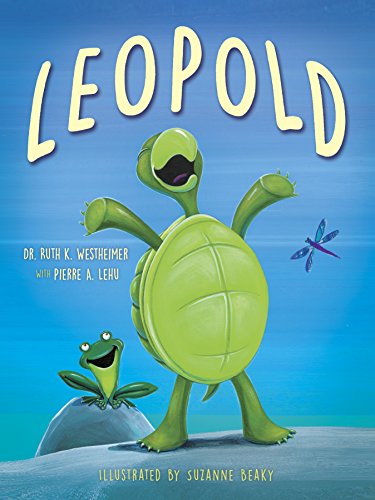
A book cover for Leopold; Dr. Ruth K. Westheimer; Children's Books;